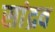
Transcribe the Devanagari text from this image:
सांद्रव